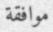
موافقة